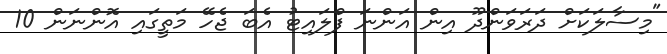
"މިސާލަކަށް ދަރަވަންދޫ އިން އަންނަ ފްލައިޓު އެބަ ޖެހޭ މަތީގައި އޮންނަން 10